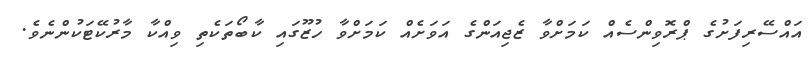
އައްސޭރިފަށުގެ ޕްރޮވިންސެއް ކަމަށްވާ ޒެޖިއަންގެ އަވަށެއް ކަމަށްވާ ހުޒޫގައި ކާބޯތަކެތި ވިއްކާ މާރުކޭޓަކުންނެވެ.